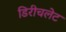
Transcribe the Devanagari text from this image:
डिरीचलेट